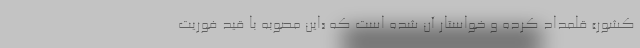
کشور» قلمداد کرده و خواستار آن شده است که «این مصوبه با قید فوریت